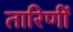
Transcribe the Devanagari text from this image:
तारिणीं